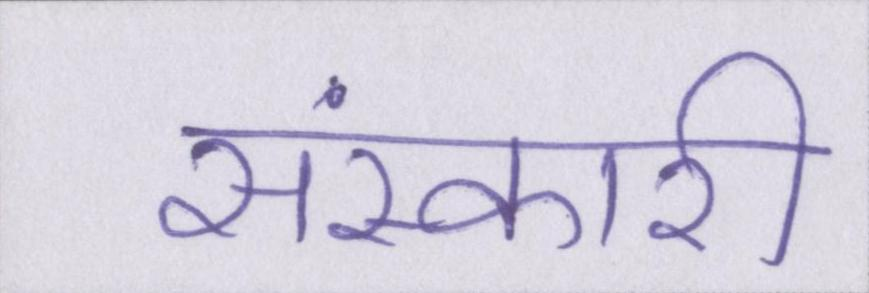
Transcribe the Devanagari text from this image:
संस्कारी